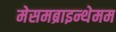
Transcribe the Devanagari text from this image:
मेसमब्राइन्थेमम